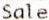
SALE